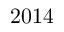
2 0 1 4